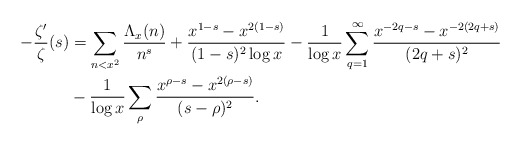
\begin{align*} -\frac{\zeta'}{\zeta}(s) &= \sum_{n<x^2}\frac{\Lambda_x(n)}{n^s} + \frac{x^{1-s}-x^{2(1-s)}}{(1-s)^2\log x} - \frac{1}{\log x}\sum_{q=1}^\infty\frac{x^{-2q-s}-x^{-2(2q+s)}}{(2q+s)^2} \\ &- \frac{1}{\log x}\sum_{\rho}\frac{x^{\rho-s}-x^{2(\rho-s)}}{(s-\rho)^2}. \end{align*}